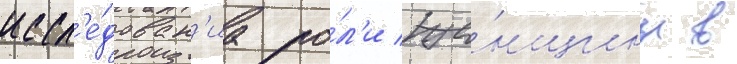
иссл'е́дован'иа ро́л'и же́нщины в